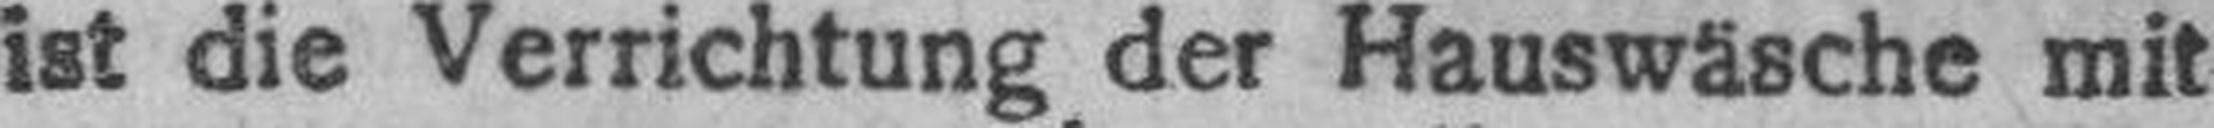
ist die Verrichtung der Hauswäsche mit